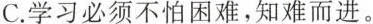
C.学习必须不怕困难，知难而进。